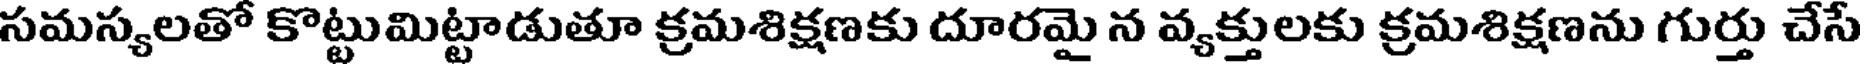
సమస్యలతో కొట్టుమిట్టాడుతూ క్రమశిక్షణకు దూరమై న వ్యక్తులకు క్రమశిక్షణను గుర్తు చేసే